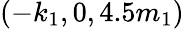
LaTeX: (-k_{1},0,4.5m_{1})